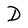
Character: D